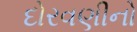
દોરવણીનો